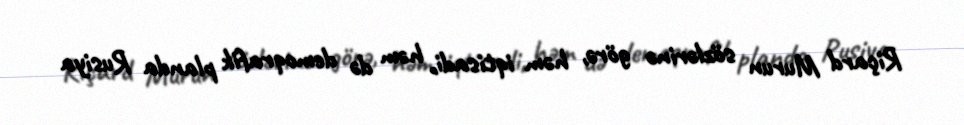
Riçard Murun sözlərinə görə, həm iqtisadi, həm də demoqrafik planda Rusiya